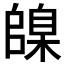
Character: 𪳦